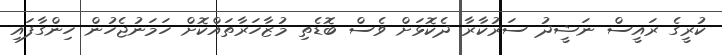
ކުރީގެ ރައީސް ނަޝީދު ސަރުކާރާ ދެކޮޅަށް ވެސް ބޮޑެތި މުޒާހަރާތައްކޮށް ހަމަނުޖެހުން ހިންގާފައި